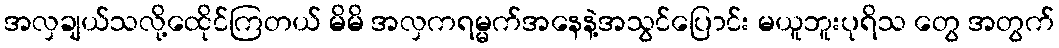
အလှချယ်သလို့ထေိုင်ကြတယ် မိမိ အလှကရမ္မက်အနေနဲ့အသွင်ပြောင်း မယူဘူးပုရိသ တွေ အတွက်